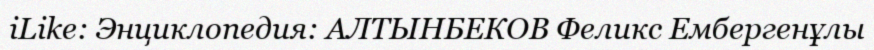
iLike: Энциклопедия: АЛТЫНБЕКОВ Феликс Ембергенұлы